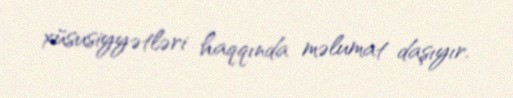
xüsusiyyətləri haqqında məlumat daşıyır.